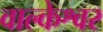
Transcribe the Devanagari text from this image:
वाल्केश्वर